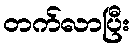
တက်လာပြီး